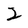
Character: 2